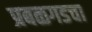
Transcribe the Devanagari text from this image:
प्रबळगडचा